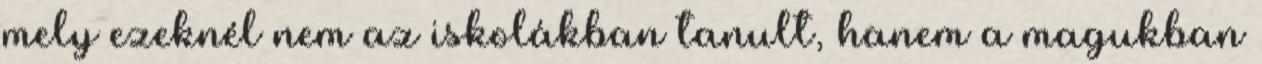
mely ezeknél nem az iskolákban tanult, hanem a magukban